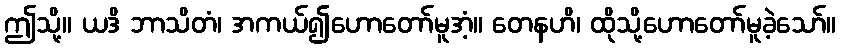
ဤသို့။ ယဒိ ဘာသိတံ၊ အကယ်၍ဟောတော်မူအံ့။ တေနဟိ၊ ထိုသို့ဟောတော်မူခဲ့သော်။